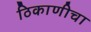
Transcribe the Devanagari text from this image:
ठिकाणीचा